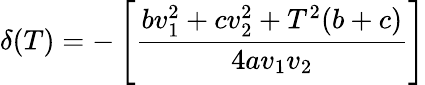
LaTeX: \delta(T)=-\left[{\frac{bv_{1}^{2}+cv_{2}^{2}+T^{2}(b+c)}{4av_{1}v_{2}}}\right]